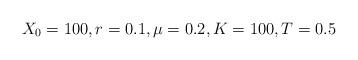
LaTeX: \begin{align*}X_0 =100, r = 0.1, \mu=0.2, K=100, T=0.5\end{align*}